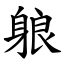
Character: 躴